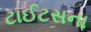
ટાઈટસના